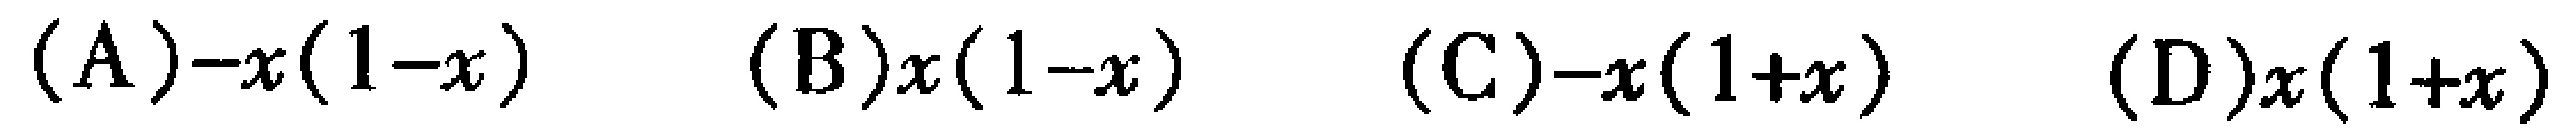
(A)$-x(1 - x)$  (B)$x(1 - x)$  (C)$-x(1 + x)$  (D)$x(1 + x)$